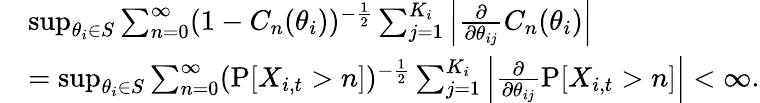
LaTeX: \begin{array}{rl}&{\operatorname*{sup}_{\theta_{i}\in S}\sum_{n=0}^{\infty}(1-C_{n}(\theta_{i}))^{-\frac{1}{2}}\sum_{j=1}^{K_{i}}\left|\frac{\partial}{\partial\theta_{ij}}C_{n}(\theta_{i})\right|}\\ &{=\operatorname*{sup}_{\theta_{i}\in S}\sum_{n=0}^{\infty}(\operatorname{P}[X_{i,t}>n])^{-\frac{1}{2}}\sum_{j=1}^{K_{i}}\left|\frac{\partial}{\partial\theta_{ij}}\operatorname{P}[X_{i,t}>n]\right|<\infty.}\end{array}